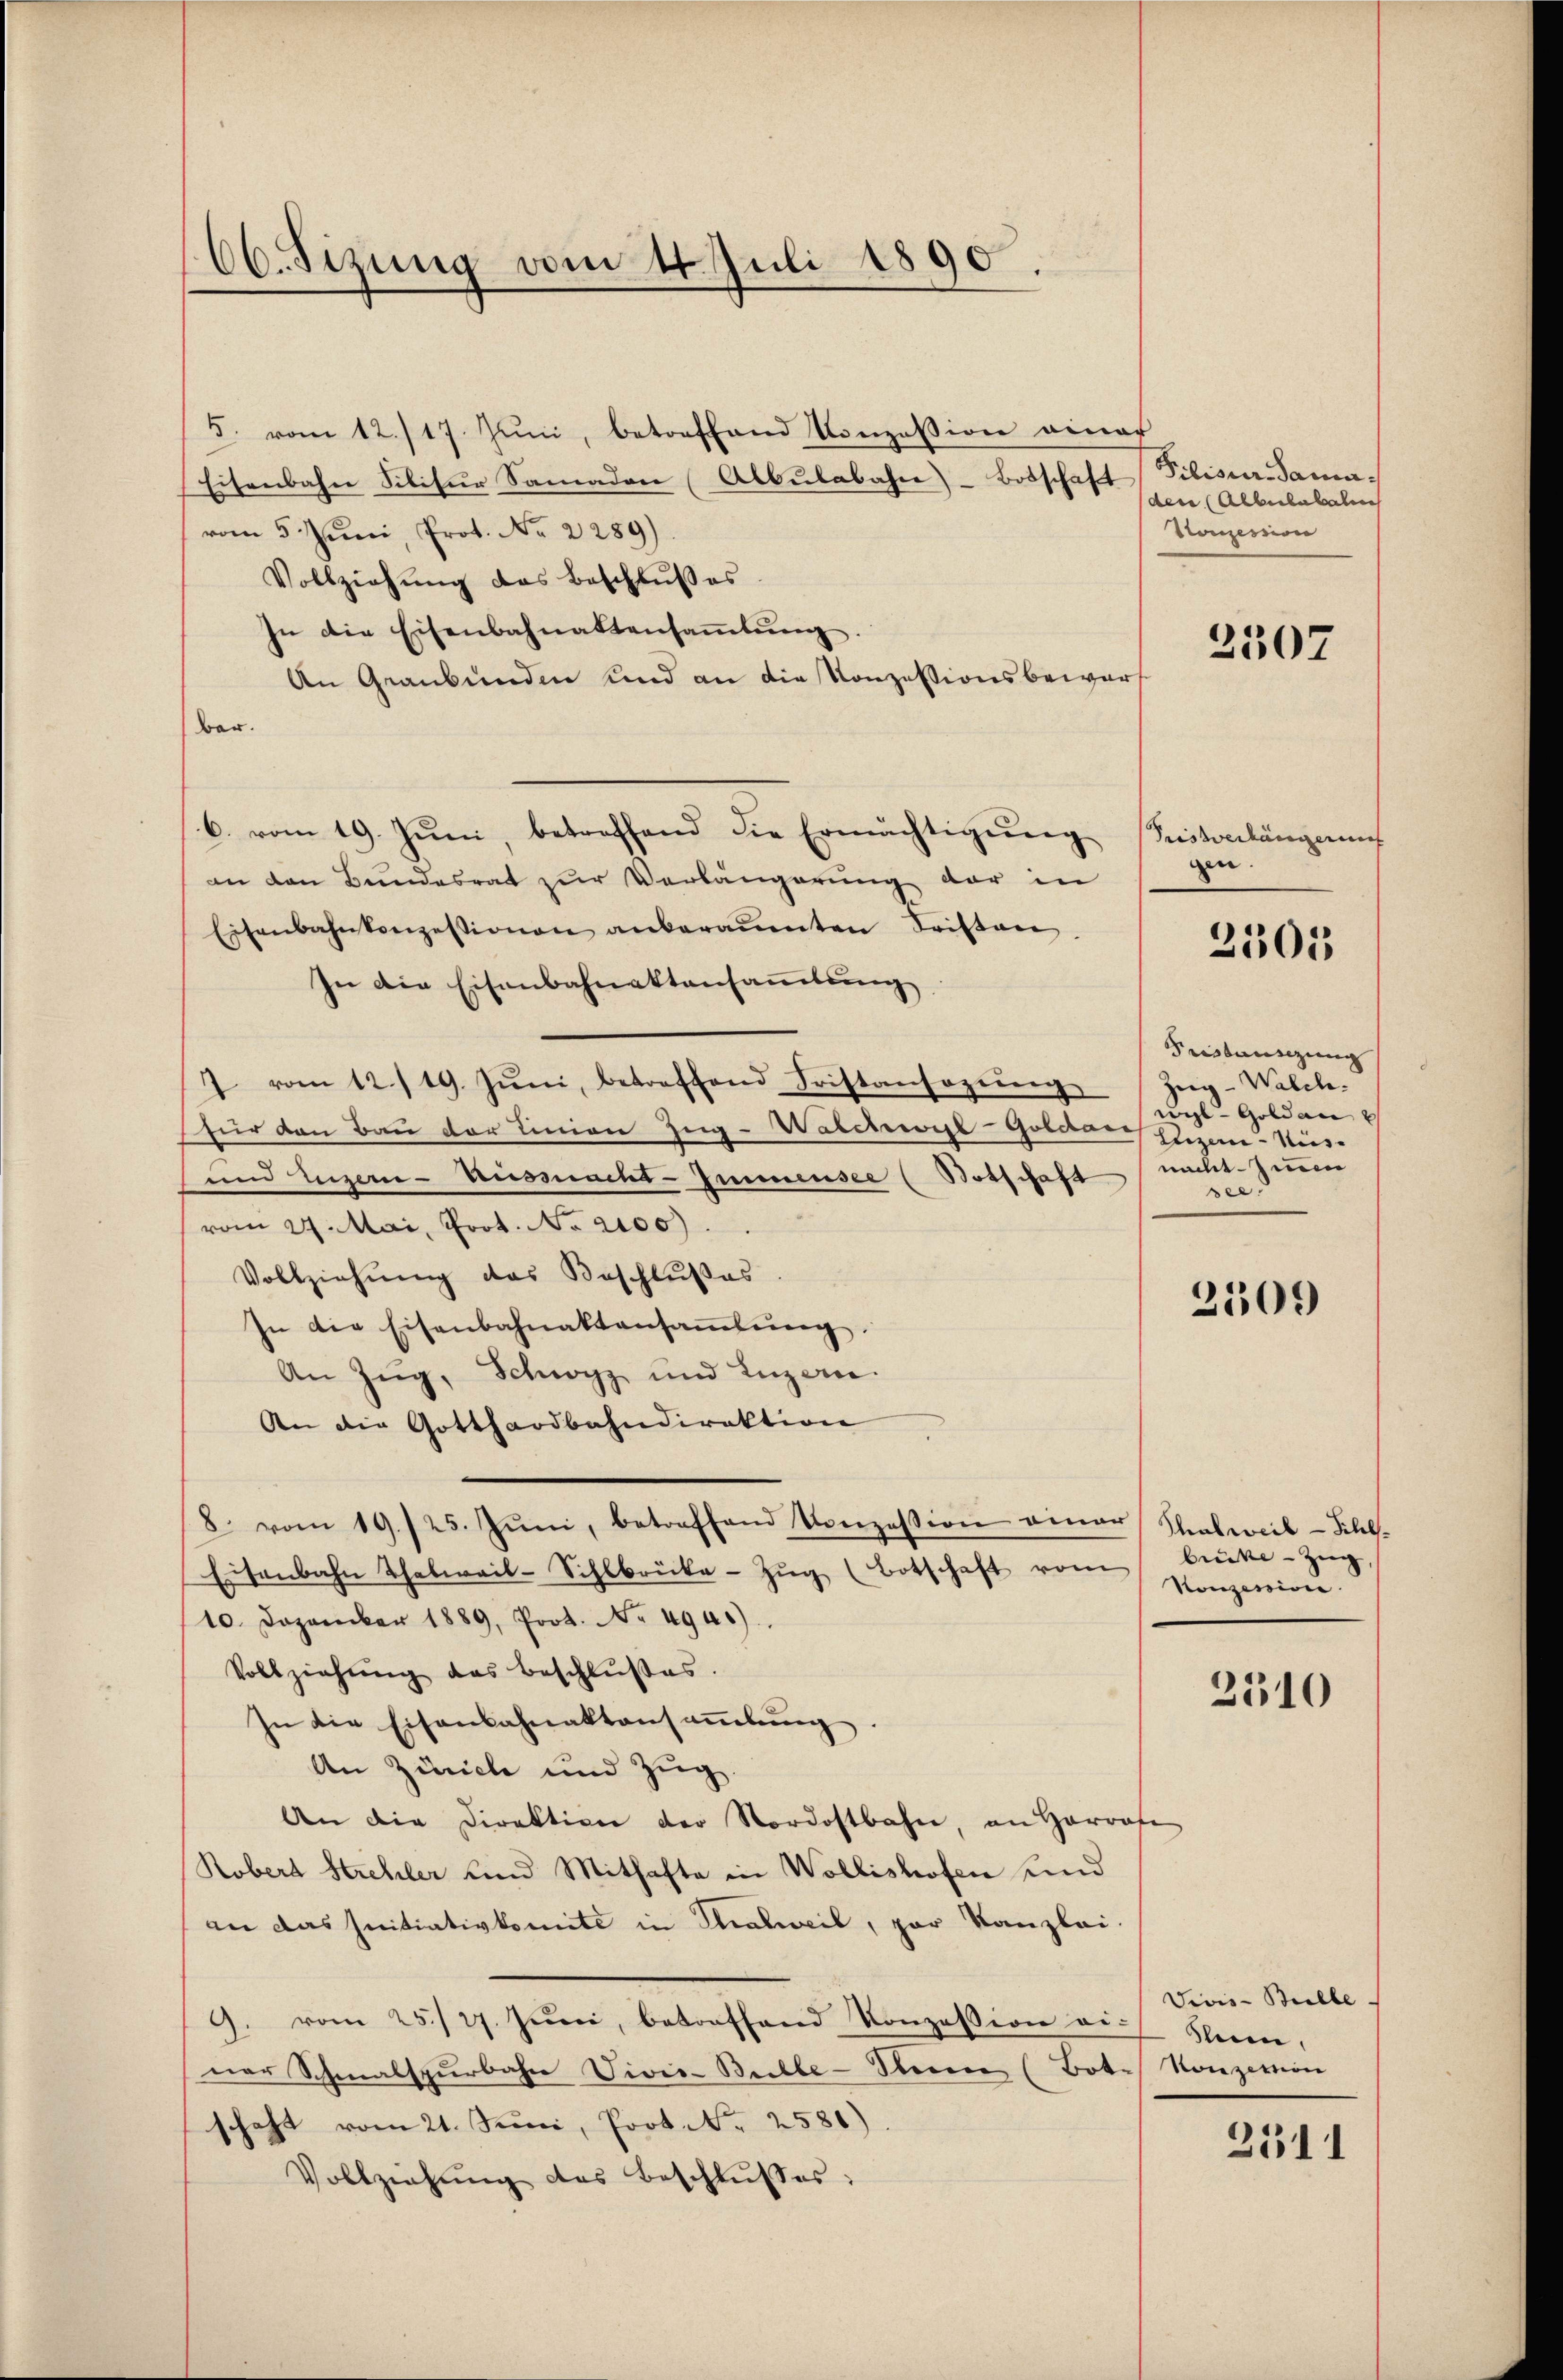
66. Sizung vom 14. Juli 1890.

5. vom 12./17. Jŭni, betreffend Konzession einer
Eisenbahn Silitur Samadore Albulabahre Botschaft
vom 5. Juni, Prot. No. 2289)
Vollziehŭng das Beschlŭβes
In die Eisenbahnaktensaṁlŭng.
An Graubünden und an die Konzessionsbeworf
bar.
6. vom 19. Jŭni, betreffend die Ermächtigŭng
an den Bundesrat zur Verlängerung der in
Eisenbahnkonzessionen anberaŭenten Fristen.
In die Eisenbahnaktensammlung
7 vom 12./19. Jŭni, betreffend Fristansozŭng
für den Bau der Linien Zug-Walchyl-Goldensheze-Nis-
und Luzern-Ausmacht-Immensee (Notschaft nachtzin
vom 27. Mai, Prot. No. 2100)
Vollziehŭng des Beschlŭβes.
In die Eisenbahnaktansaṁlŭng.
An Zug, Schwyz und Luzern.
An die Gotthardbahndirektion
8. vom 19./25. Jŭni, betreffend Konzession einer Stralweil-Schl-
Eisenbahn Thalweil-Sihlbrücke Zŭg (Botschaft vom
10. Dezember 1889, Prot. No 4945).
Vollziehŭng des beschlußes.
In die Eisenbahnaktansaṁlŭng.
An Zürich und Zug.
An die Direktion der Nordostbahn, an Harrafe
Robert Strehler und Mithafte in Wollishofen und
an das Initiativkomite in Thalweil, par Kanzlei-
9. vom 25. 27. Jŭni, betroffend Konzession v. Steien,
ner Schmalspurbahn Sivis-Bulle-Seen (Bote Konzertion
schaft vom 21. Juni, Prot. Nr. 2580).
Vollziehŭng des Beschlŭsses:

Pilisier Sama.
den (Albulabal
Konzesion

2507

Priserlängerung
gen.

2505

Fristausezung
Zeig-Walch.
gl- Gold an
see.

2509

brücke - Zug,
Honzession.

2310

Vivis-Bulle.

2511